65_HS1-834228961_62-HQ-83894_SUB_A
Agency: FBI
Page 116
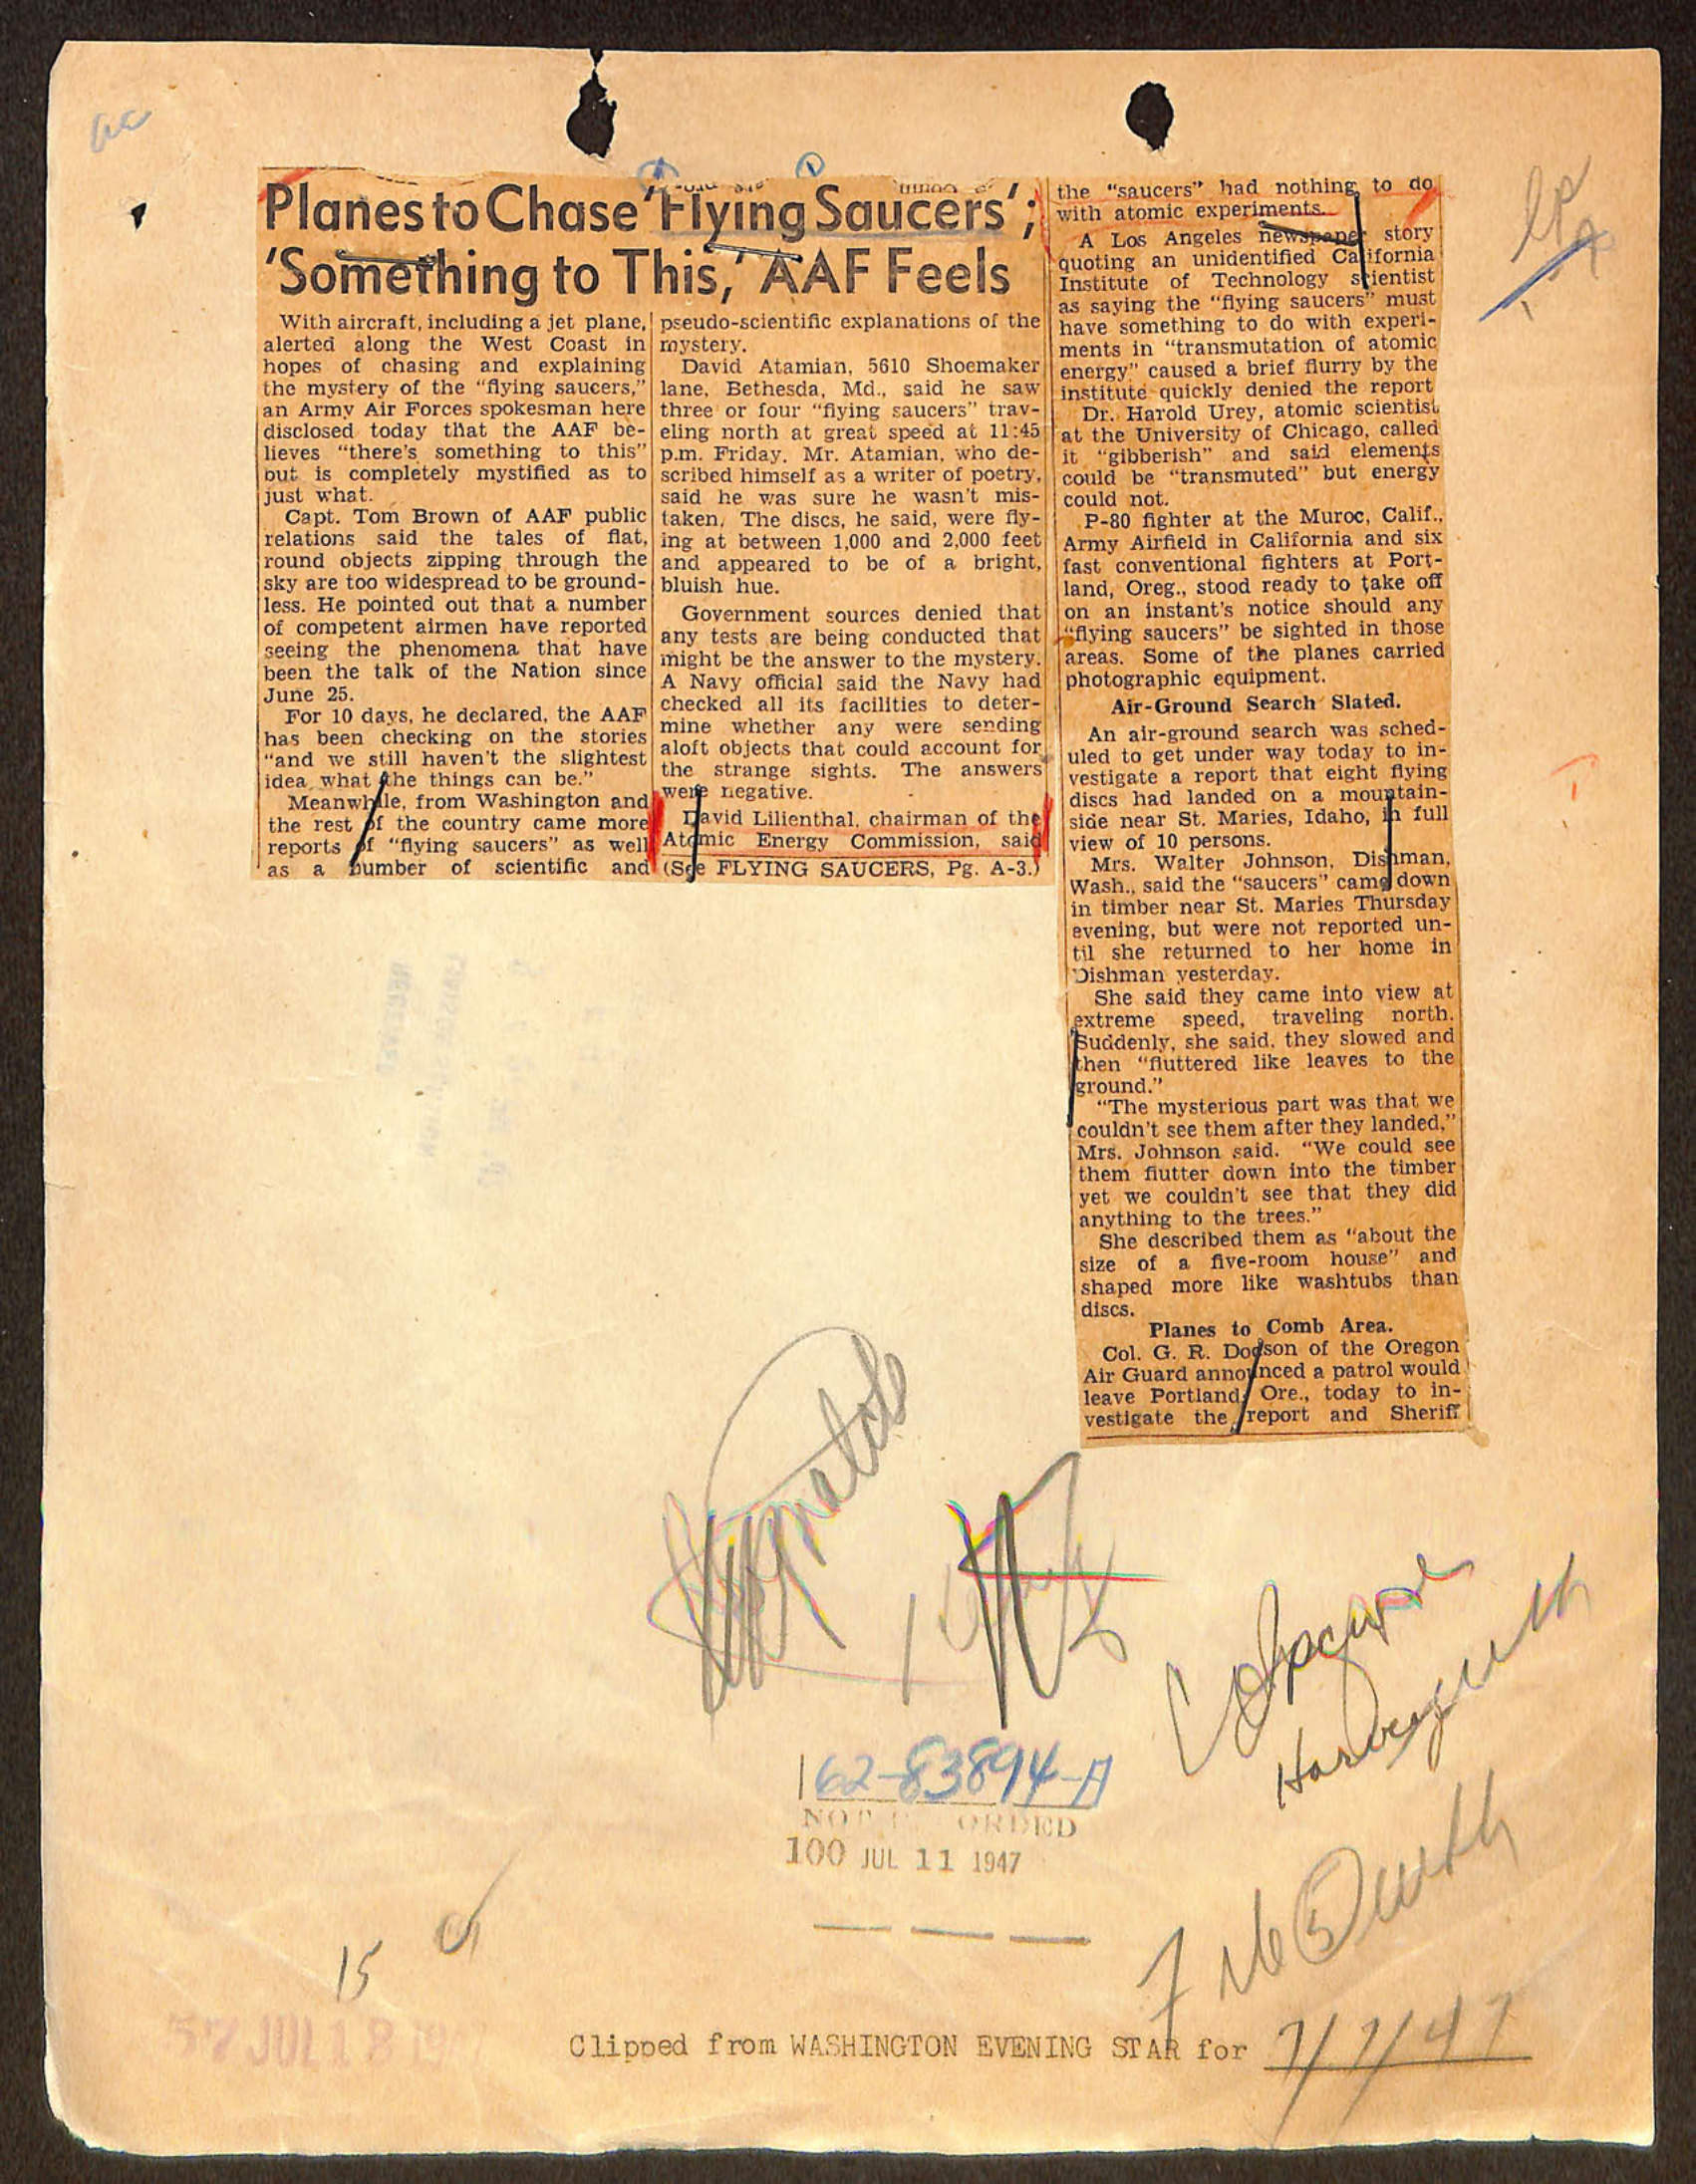